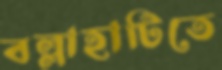
বল্লাহাটিতে